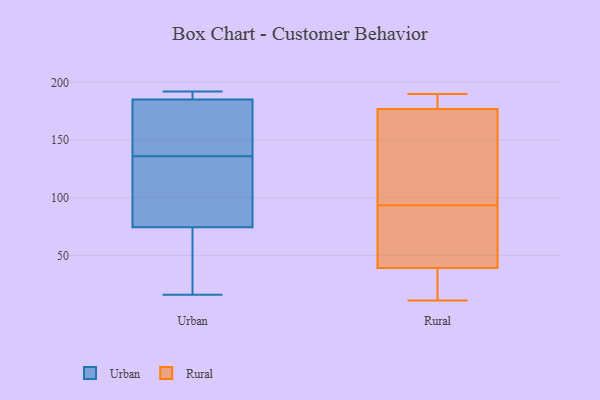
{"axis": {"x": "Temperature (°C)", "y": "Value"}, "legend": ["Rural", "Urban"], "data": [{"x": "", "y": 190, "type": "Urban"}, {"x": "", "y": 16, "type": "Urban"}, {"x": "", "y": 145, "type": "Urban"}, {"x": "", "y": 120, "type": "Urban"}, {"x": "", "y": 19, "type": "Urban"}, {"x": "", "y": 171, "type": "Urban"}, {"x": "", "y": 190, "type": "Urban"}, {"x": "", "y": 62, "type": "Urban"}, {"x": "", "y": 192, "type": "Urban"}, {"x": "", "y": 136, "type": "Urban"}, {"x": "", "y": 112, "type": "Urban"}, {"x": "", "y": 76, "type": "Rural"}, {"x": "", "y": 177, "type": "Rural"}, {"x": "", "y": 190, "type": "Rural"}, {"x": "", "y": 11, "type": "Rural"}, {"x": "", "y": 63, "type": "Rural"}, {"x": "", "y": 39, "type": "Rural"}, {"x": "", "y": 179, "type": "Rural"}, {"x": "", "y": 119, "type": "Rural"}, {"x": "", "y": 85, "type": "Rural"}, {"x": "", "y": 24, "type": "Rural"}, {"x": "", "y": 189, "type": "Rural"}, {"x": "", "y": 14, "type": "Rural"}, {"x": "", "y": 102, "type": "Rural"}, {"x": "", "y": 138, "type": "Rural"}]}